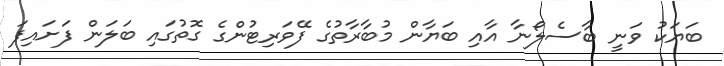
ބަޔަކު ވަނީ ބާސެލޯނާ އާއި ބަޔާން މުބާރާތުގެ ފޭވަރިޓުންގެ ގޮތުގައި ބަލަން ފަށައިފަ